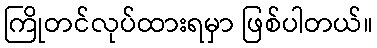
ကြိုတင်လုပ်ထားရမှာ ဖြစ်ပါတယ်။